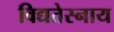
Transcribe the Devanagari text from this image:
विद्यतेस्नाय